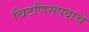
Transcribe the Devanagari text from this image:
चिटणिसपदाचे